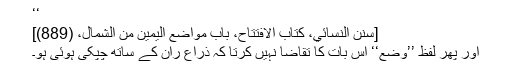
‘‘
[سنن النسائي، کتاب الافتتاح، باب مواضع الیمین من الشمال، (889)]
اور پھر لفظ ’’وضع‘‘ اس بات کا تقاضا نہیں کرتا کہ ذراع ران کے ساتھ چِپکی ہوئی ہو۔